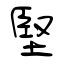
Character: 堅